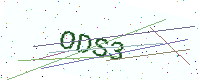
Text: ODS3